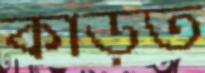
কাড়ত